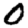
Digit: 0